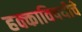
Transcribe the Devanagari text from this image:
हक्काविषयीचे